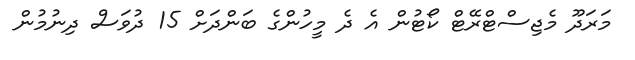
މަރަދޫ މެޖިސްޓްރޭޓް ކޯޓުން އެ ދެ މީހުންގެ ބަންދަށް 15 ދުވަސް ދިނުމުން